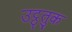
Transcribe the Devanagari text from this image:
उट्ठतुक